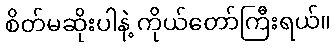
စိတ်မဆိုးပါနဲ့ ကိုယ်တော်ကြီးရယ်။